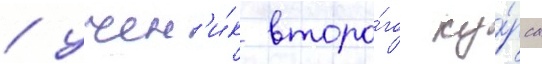
/ учен'и́к второ́го ку́рса